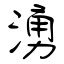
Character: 湧